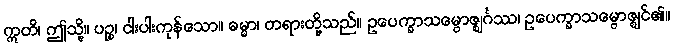
ဣတိ၊ ဤသို့။ ပဉ္စ၊ ငါးပါးကုန်သော။ ဓမ္မာ၊ တရားတို့သည်။ ဥပေက္ခာသမ္ဗောဇ္ဈင်္ဂဿ၊ ဥပေက္ခာသမ္ဗောဇ္ဈင်၏။